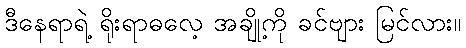
ဒီနေရာရဲ့ ရိုးရာဓလေ့ အချို့ကို ခင်ဗျား မြင်လား။